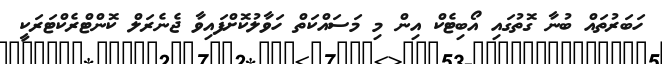
ހަބަރުތައް ބުނާ ގޮތުގައި އޯބިޓެކް އިން މި މަސައްކަތް ހަވާލުކޮށްފައިވާ ޖެނެރަލް ކޮންޓްރެކްޓަރަކީ